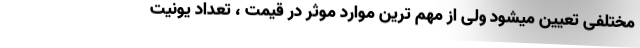
مختلفی تعیین میشود ولی از مهم ترین موارد موثر در قیمت ، تعداد یونیت